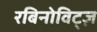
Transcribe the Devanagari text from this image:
रबिनोविट्ज़